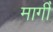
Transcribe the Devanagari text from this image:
मागीँ